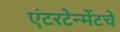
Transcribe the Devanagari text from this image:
एंटरटेन्मेंटचे